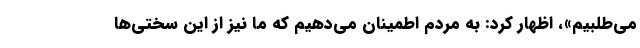
می‌طلبیم»، اظهار کرد: به مردم اطمینان می‌دهیم که ما نیز از این سختی‌ها